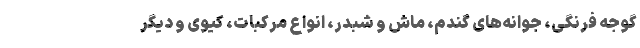
گوجه فرنگی، جوانه‌های گندم، ماش و شبدر، انواع مرکبات، کیوی و دیگر